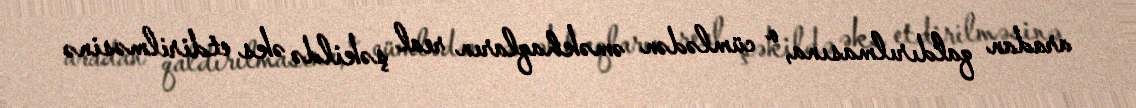
aradan qaldırılmasına, o cümlədən əməkhaqların real şəkildə əks etdirilməsinə